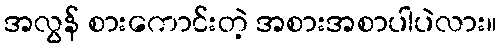
အလွန် စားကောင်းတဲ့ အစားအစာပါပဲလား။